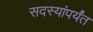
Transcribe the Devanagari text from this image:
सदस्यांपर्यंत